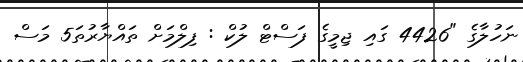
ނަހުލާގެ "4426 ގައި ޖިމީގެ ފަސްޓް ލުކް : ފިލްމަށް ތައްޔާރުތަ5 މަސް